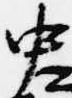
中